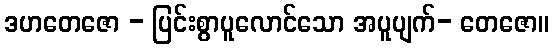
ဒဟတေဇော - ပြင်းစွာပူလောင်သော အပူပျက်- တေဇော။